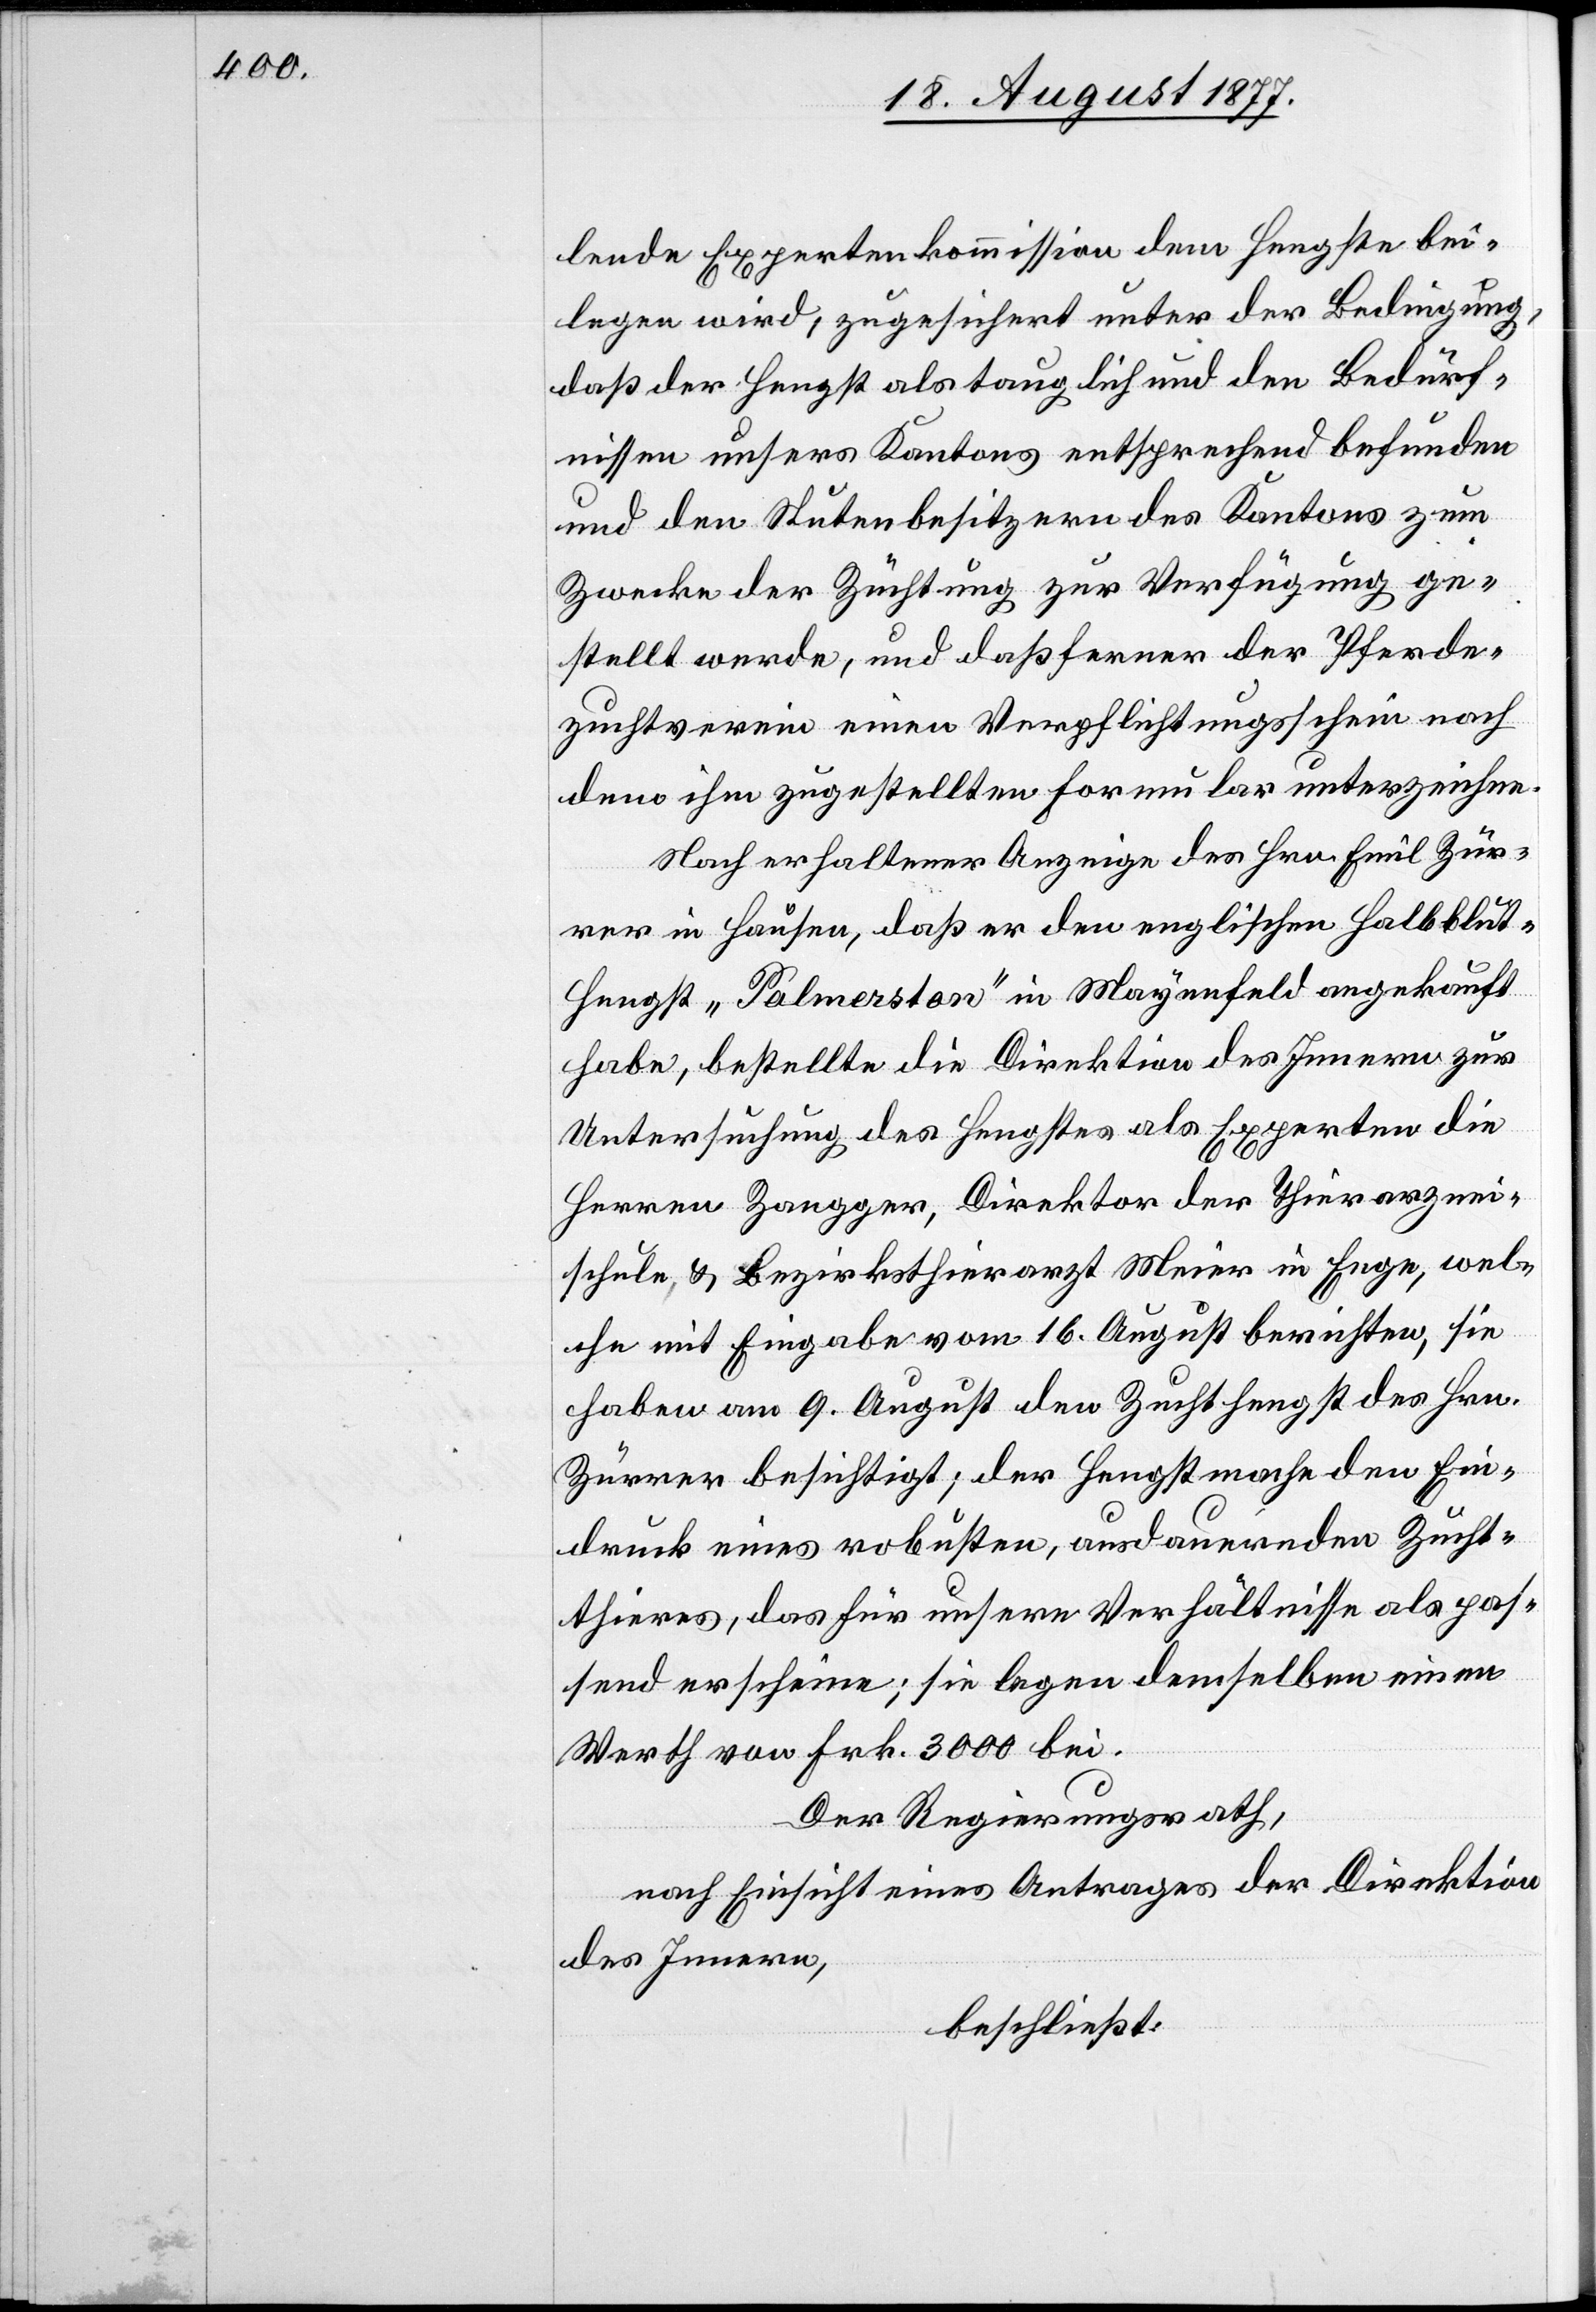
lende Expertenkommission dem Hengste bei¬
legen wird, zugesichert unter der Bedingung,
daß der Hengst als tauglich und den Bedürf¬
nissen unsers Kantons entsprechend befunden
und den Stutenbesitzern des Kantons zum
Zwecke der Züchtung zur Verfügung ge¬
stellt werde, und daß ferner der Pferde¬
zuchtverein einen Verpflichtungsschein nach
dem ihm zugestellten Formular unterzeichne.
Nach erhaltener Anzeige des Hrn. Emil Zür¬
rer in Hausen, daß er den englischen Halbblu¬
t-Hengst „Palmerston“ in Mayenfeld angekauft
habe, bestellte die Direktion des Innern zur
Untersuchung des Hengstes als Experten die
Herren Zangger, Direktor der Thierarznei¬
schule & Bezirksthierarzt Meier in Enge, wel¬
che mit Eingabe vom 16. August berichten, sie
haben am 9. August den Zuchthengst des Hrn.
Zürrer besichtigt; der Hengst mache den Ein¬
druck eines robusten, ausdauernden Zucht¬
thieres, das für unsere Verhältnisse als pas¬
send erscheine; sie legen demselben einen
Werth von Frk. 3000 bei.
Der Regierungsrath,
nach Einsicht eines Antrages der Direktion
des Innern,
beschließt: